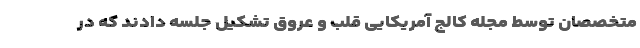
متخصصان توسط مجله کالج آمریکایی قلب و عروق تشکیل جلسه دادند که در